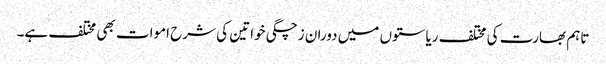
تاہم بھارت کی مختلف ریاستوں میں دوران زچگی خواتین کی شرح اموات بھی مختلف ہے۔